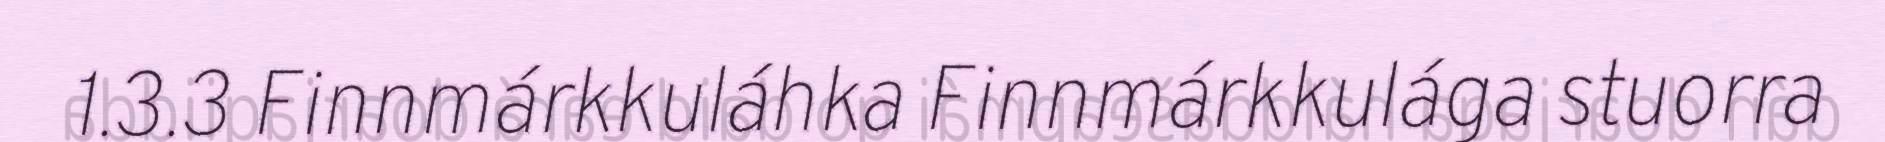
1.3.3 Finnmárkkuláhka Finnmárkkulága stuorra